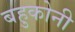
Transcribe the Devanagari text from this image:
बहुकोनी